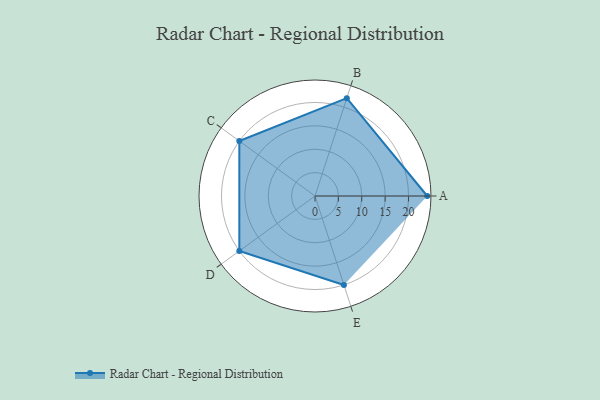
{"axis": {"x": "Skill", "y": "Score"}, "legend": ["Profile"], "data": [{"x": "A", "y": 24.0, "type": "Profile"}, {"x": "B", "y": 22.0, "type": "Profile"}, {"x": "C", "y": 20, "type": "Profile"}, {"x": "D", "y": 20, "type": "Profile"}, {"x": "E", "y": 20, "type": "Profile"}]}